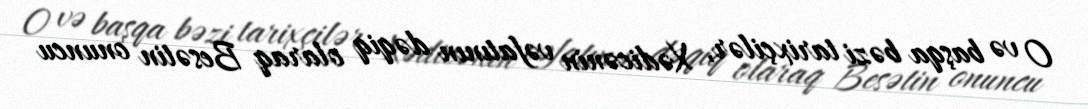
O və başqa bəzi tarixçilər, Xədicənin vəfatının dəqiq olaraq Besətin onuncu